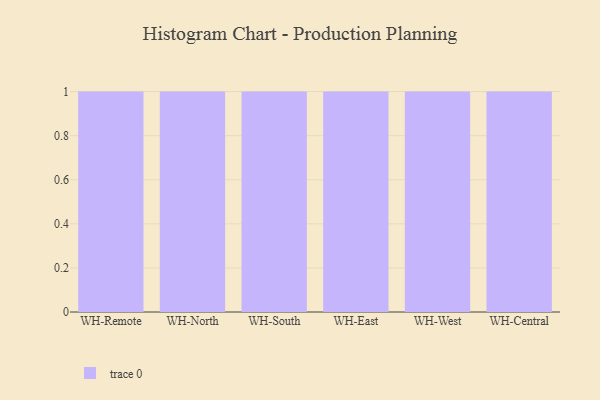
{"axis": {"x": "Warehouse", "y": "Energy Usage (MWh)"}, "legend": [""], "data": [{"x": "WH-Remote", "y": 46, "type": ""}, {"x": "WH-North", "y": 72, "type": ""}, {"x": "WH-South", "y": 78, "type": ""}, {"x": "WH-East", "y": 48, "type": ""}, {"x": "WH-West", "y": 26, "type": ""}, {"x": "WH-Central", "y": 68, "type": ""}]}